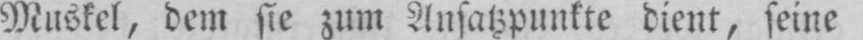
Muskel, dem sie zum Ansatzpunkte dient, seine